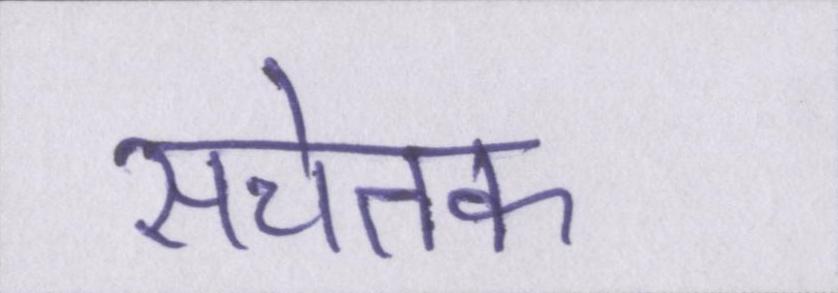
सचेतक